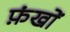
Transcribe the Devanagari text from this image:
फ़ंखों